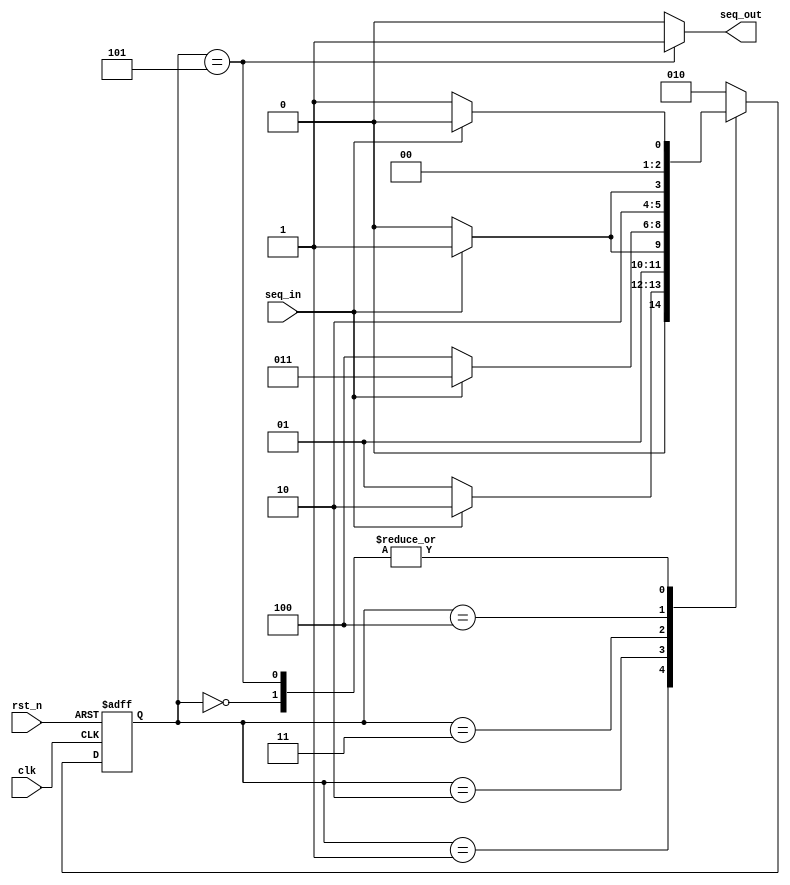
 module seq(
   clk,
   rst_n,
   seq_in,
   seq_out
 );
 
 input  clk;
 input  rst_n;
 input  seq_in;
 output seq_out;
 
 parameter IDLE = 3'b000;
 // 0
 parameter S0   = 3'b001;
 // 10 
 parameter S1   = 3'b010;
 // 110
 parameter S2   = 3'b011;
 // 0110 
 parameter S3   = 3'b100;
 // 10110 
 parameter S4   = 3'b101;
 
 reg [2:0] curr_state;
 reg [2:0] next_state;
 wire seq_out;
 
 // state reg
 always@(posedge clk or negedge rst_n)
   if (~rst_n) curr_state <= IDLE;
   else        curr_state <= next_state;
     
 // next state logic    
 always@(*)
   case (curr_state)
      // first 0 seq_outect
     IDLE    : if (seq_in) next_state = IDLE;
               else     next_state = S0;
      // 10
     S0      : if (seq_in) next_state = S1;
               else     next_state = S0;
      // 110
     S1      : if (seq_in) next_state = S2;
               else     next_state = S1;
      // 0110
     S2      : if (seq_in) next_state = S2;
               else     next_state = S3;
      // 10110
     S3      : if (seq_in) next_state = S4;
               else     next_state = S3;
      // next 0 seq_outect
     S4      : if (seq_in) next_state = IDLE;
               else     next_state = S0;
     default :          next_state = S1;
   endcase    
 
 // output logic
  assign seq_out = ( curr_state == S4 ) ? 1'b1 : 1'b0;
   
 endmodule